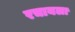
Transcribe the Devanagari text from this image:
रचायला